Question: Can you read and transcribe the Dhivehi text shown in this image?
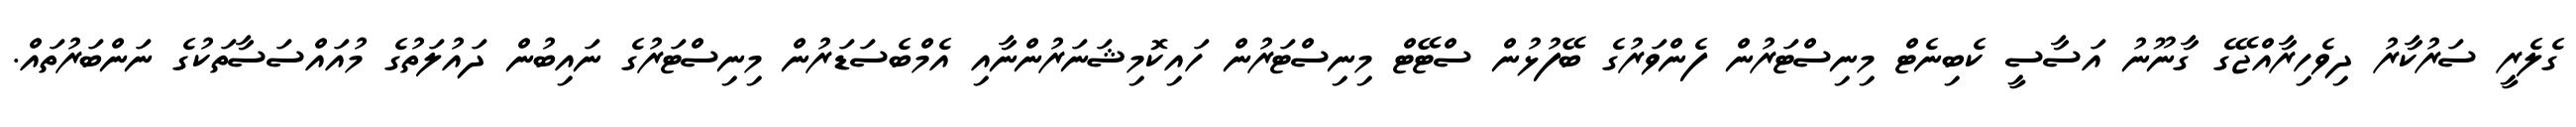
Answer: ގެލެރީ ސަރުކާރު ދިވެހިރާއްޖޭގެ ގާނޫނު އަސާސީ ކެބިނެޓް މިނިސްޓަރުން ފެންވަރުގެ ބޭފުޅުން ސްޓޭޓް މިނިސްޓަރުން ހައިކޮމިޝަނަރުންނާއި އެމްބެސަޑަރުން މިނިސްޓަރުގެ ނައިބުން ދައުލަތުގެ މުއައްސަސާތަކުގެ ނަންބަރުތައް.